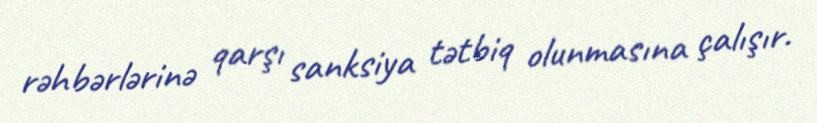
rəhbərlərinə qarşı sanksiya tətbiq olunmasına çalışır.